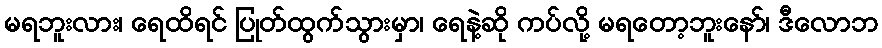
မရဘူးလား၊ ရေထိရင် ပြုတ်ထွက်သွားမှာ၊ ရေနဲ့ဆို ကပ်လို့ မရတော့ဘူးနော်၊ ဒီလောဘ